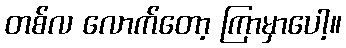
တစ်လ လောက်တော့ ကြာမှာပေါ့။